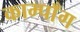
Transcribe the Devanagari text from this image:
काम्पाँग